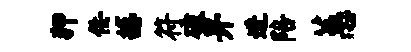
狎佞撼符破畀进陪蕙